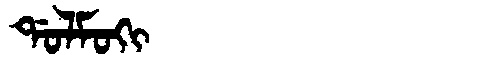
Manchu: ᡩᠣᠯᠮᠣᡴᡳ
Romanization: DOLMOKI